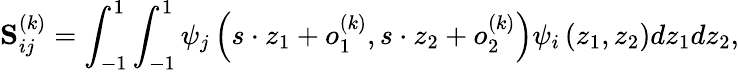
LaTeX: \mathbf{S}_{ij}^{(k)}=\int_{-1}^{1}\int_{-1}^{1}\psi_{j}\left(s\cdot z_{1}+o_{1}^{(k)},s\cdot z_{2}+o_{2}^{(k)}\right)\psi_{i}\left(z_{1},z_{2}\right)dz_{1}dz_{2},